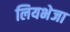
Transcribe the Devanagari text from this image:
लियभेजा